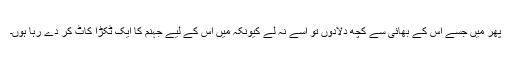
پھر میں جسے اُس کے بھائی سے کچھ دلادوں تو اسے نہ لے کیونکہ میں اُس کے لیے جہنم کا ایک ٹکڑا کاٹ کر دے رہا ہوں۔